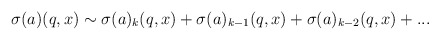
\begin{align*}\sigma (a)(q,x) \sim \sigma (a)_k(q,x)+ \sigma (a)_{k-1}(q,x)+ \sigma (a)_{k-2}(q,x)+...\end{align*}